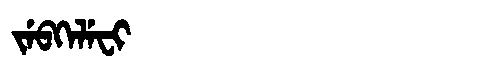
Manchu: ᠵᡝᠪᡴᡝᠯᡝᠸᡳ
Romanization: JEBKELEFI